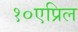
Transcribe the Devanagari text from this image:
१०एप्रिल